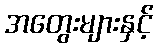
အတွေးများနှင့်